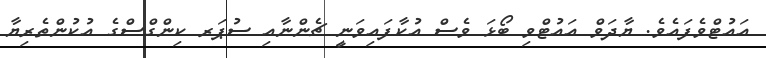
އައުޓްވެފައެވެ. ޔާދަވް އައުޓްވި ބޯޅަ ވެސް އުކާފައިވަނީ ޗެންނާއި ސުޕަރ ކިންގްސްގެ އުކުންތެރިޔާ